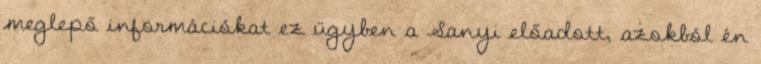
meglepő információkat ez ügyben a Sanyi előadott, azok­ból én